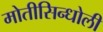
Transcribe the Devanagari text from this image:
मोतीसिन्धोली